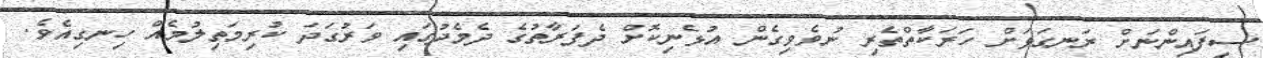
ސިފައިންނަށް ރަނގަޅަށް ހަރަކާތްތެރި ނުވެވިގެން އުޅެނިކޮށް ދެފަރާތުގެ ދެމެދުގައި ވަރުގަދަ ކުރިމަތިލުމެއް ހިނގިއެވެ.